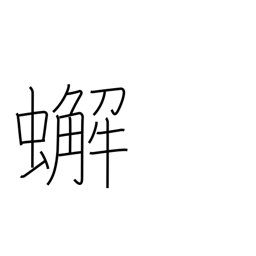
Meaning: crab